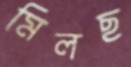
মিলছ